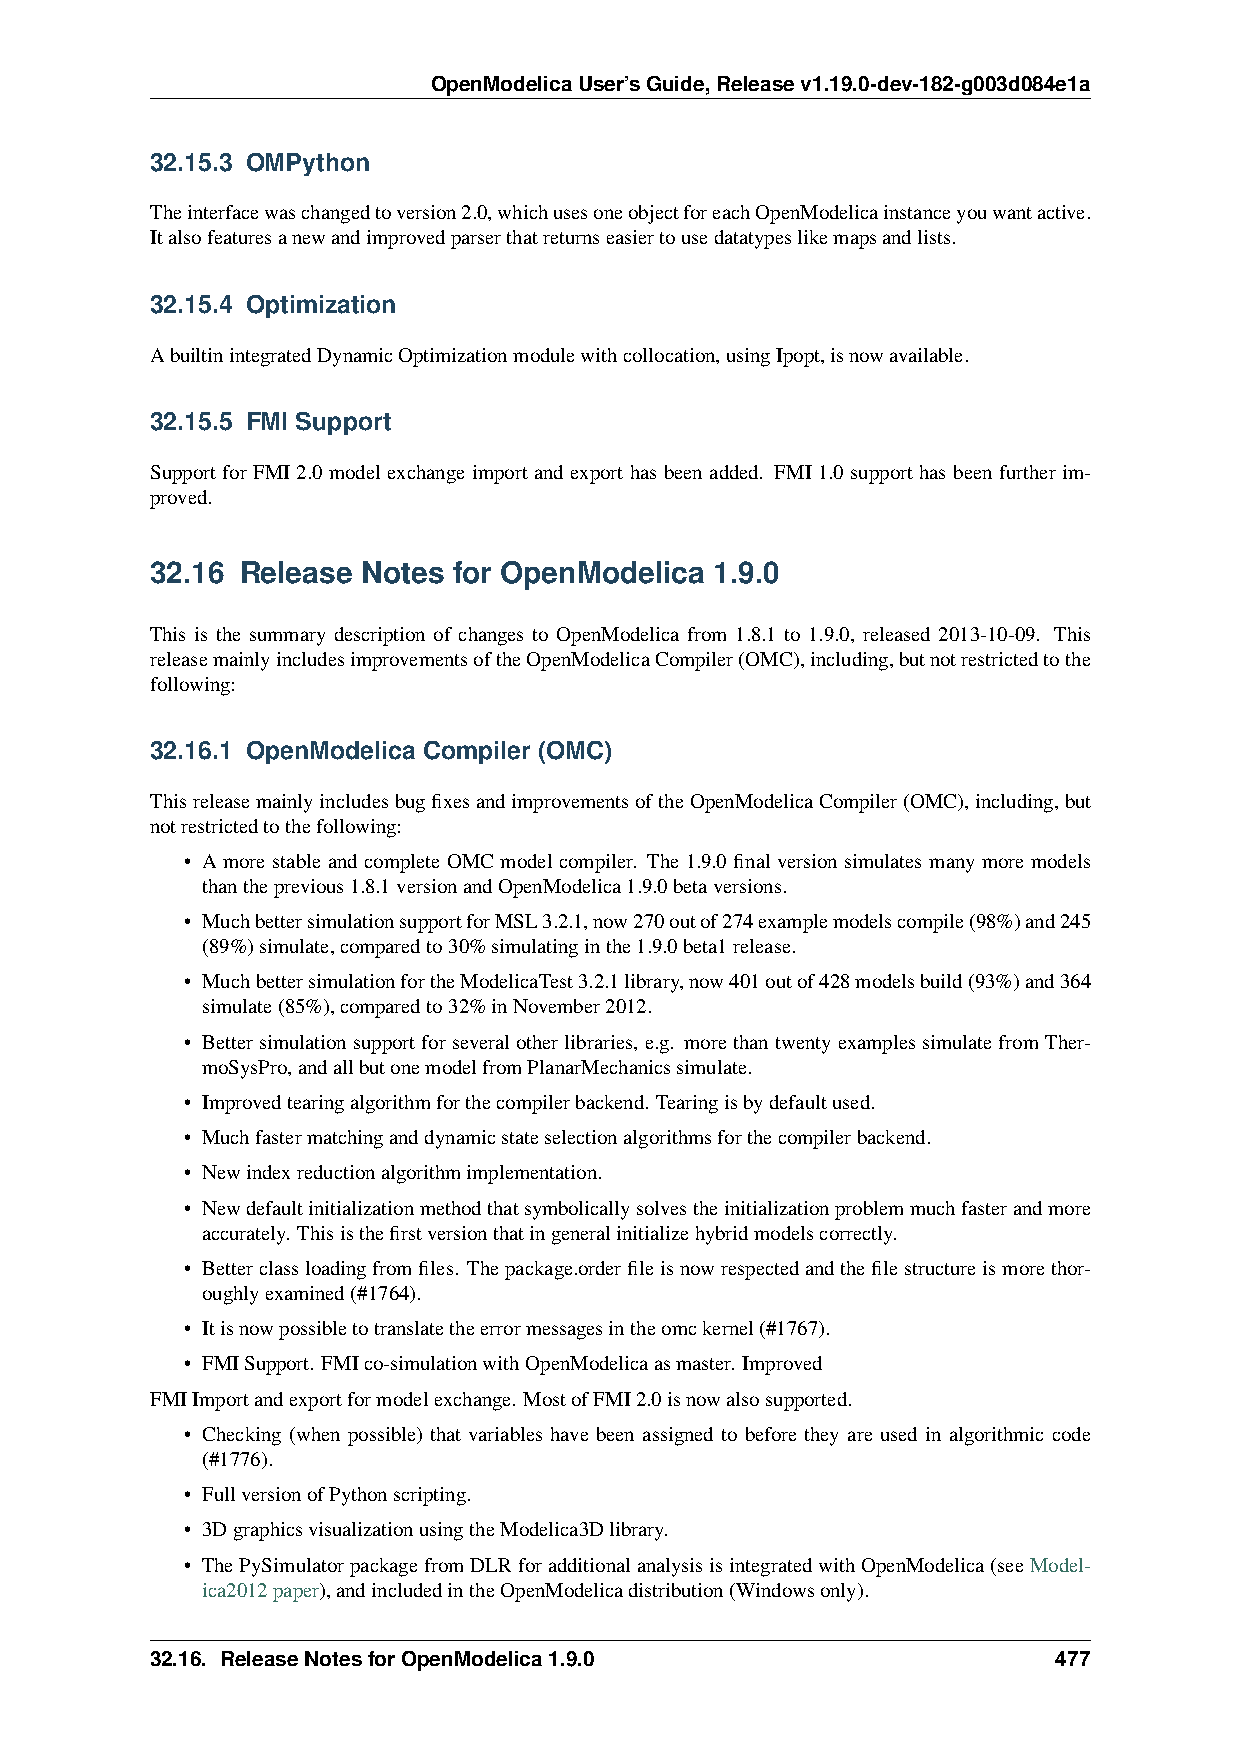
OpenModelicaUser’sGuide,Releasev1.19.0-dev-182-g003d084e1a
 32.15.3 OMPython
 Theinterfacewaschangedtoversion2.0,whichusesoneobjectforeachOpenModelicainstanceyouwantactive.
 Italsofeaturesanewandimprovedparserthatreturnseasiertousedatatypeslikemapsandlists.
 32.15.4 Optimization
 AbuiltinintegratedDynamicOptimizationmodulewithcollocation,usingIpopt,isnowavailable.
 32.15.5 FMI Support
 Support for FMI 2.0 model exchange import and export has been added. FMI 1.0 support has been further im-
 proved.
 32.16 Release Notes for OpenModelica 1.9.0
 This is the summary description of changes to OpenModelica from 1.8.1 to 1.9.0, released 2013-10-09. This
 releasemainlyincludesimprovementsoftheOpenModelicaCompiler(OMC),including,butnotrestrictedtothe
 following:
 32.16.1 OpenModelica Compiler (OMC)
 ThisreleasemainlyincludesbugfixesandimprovementsoftheOpenModelicaCompiler(OMC),including,but
 notrestrictedtothefollowing:
 • A more stable and complete OMC model compiler. The 1.9.0 final version simulates many more models
 thantheprevious1.8.1versionandOpenModelica1.9.0betaversions.
 • MuchbettersimulationsupportforMSL3.2.1,now270outof274examplemodelscompile(98%)and245
 (89%)simulate,comparedto30%simulatinginthe1.9.0beta1release.
 • MuchbettersimulationfortheModelicaTest3.2.1library,now401outof428modelsbuild(93%)and364
 simulate(85%),comparedto32%inNovember2012.
 • Bettersimulationsupportforseveralotherlibraries, e.g. morethantwentyexamplessimulatefromTher-
 moSysPro,andallbutonemodelfromPlanarMechanicssimulate.
 • Improvedtearingalgorithmforthecompilerbackend. Tearingisbydefaultused.
 • Muchfastermatchinganddynamicstateselectionalgorithmsforthecompilerbackend.
 • Newindexreductionalgorithmimplementation.
 • Newdefaultinitializationmethodthatsymbolicallysolvestheinitializationproblemmuchfasterandmore
 accurately. Thisisthefirstversionthatingeneralinitializehybridmodelscorrectly.
 • Betterclassloadingfromfiles. Thepackage.orderfileisnowrespectedandthefilestructureismorethor-
 oughlyexamined(#1764).
 • Itisnowpossibletotranslatetheerrormessagesintheomckernel(#1767).
 • FMISupport. FMIco-simulationwithOpenModelicaasmaster. Improved
 FMIImportandexportformodelexchange. MostofFMI2.0isnowalsosupported.
 • Checking (when possible) that variables have been assigned to before they are used in algorithmic code
 (#1776).
 • FullversionofPythonscripting.
 • 3DgraphicsvisualizationusingtheModelica3Dlibrary.
 • ThePySimulatorpackagefromDLRforadditionalanalysisisintegratedwithOpenModelica(seeModel-
 ica2012paper),andincludedintheOpenModelicadistribution(Windowsonly).
 32.16. ReleaseNotesforOpenModelica1.9.0                     477